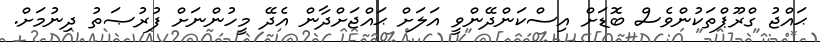
ޙައްޖު ގްރޫޕްތަކުންވެސް ބޮޑަށް އިސްކަންދޭންވީ އަލަށް ޙައްޖަށްދާން އެދޭ މީހުންނަށް ފުރުޞަތު ދިނުމަށް.